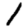
Digit: 1